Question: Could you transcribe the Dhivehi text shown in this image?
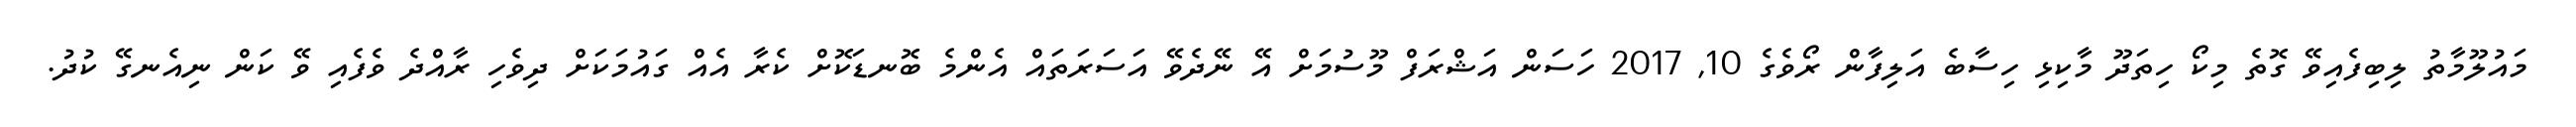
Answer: މައުލޫމާތު ލިބިފެއިވޭ ގޮތެ މިކޯ ހިތަދޫ މާކިޅި ހިސާބެ އަލިފާން ރޯވެގެ 10, 2017 ހަސަން އަޝްރަފް މޫސުމަށް އޭ ނޭދެވޭ އަސަރަތައް އެންމެ ބޮނޑަކޮށް ކެރާ އެއް ގައުމަކަށް ދިވެހި ރާއްދެ ވެފެއި ވޭ ކަން ނިއެނގޭ ކުދު.